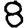
Digit: 8